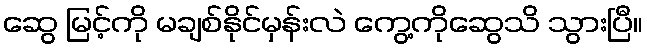
ဆွေ မြင့်ကို မချစ်နိုင်မှန်းလဲ ကွေ့ကိုဆွေသိ သွားပြီ။